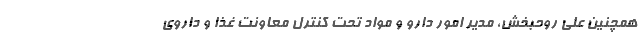
همچنین علی روحبخش، مدیر امور دارو و مواد تحت کنترل معاونت غذا و داروی